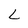
Character: L